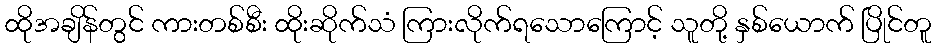
ထိုအချိန်တွင် ကားတစ်စီး ထိုးဆိုက်သံ ကြားလိုက်ရသောကြောင့် သူတို့ နှစ်ယောက် ပြိုင်တူ